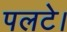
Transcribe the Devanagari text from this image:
पलटे।